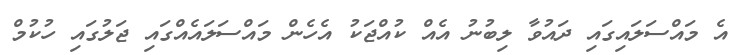
އެ މައްސަލައިގައި ދައުވާ ލިބުނު އެއް ކުއްޖަކު އެހެން މައްސަލައެއްގައި ޖަލުގައި ހުކުމް